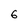
Character: 6